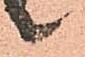
候